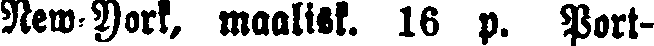
New-York, maalisk. 16 p. Port-